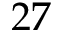
2 7